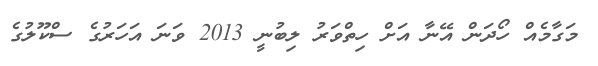
މަގާމެއް ހޯދަން އޭނާ އަށް ހިތްވަރު ލިބުނީ 2013 ވަނަ އަހަރުގެ ސްކޫލުގެ